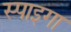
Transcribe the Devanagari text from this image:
स्पाइगा